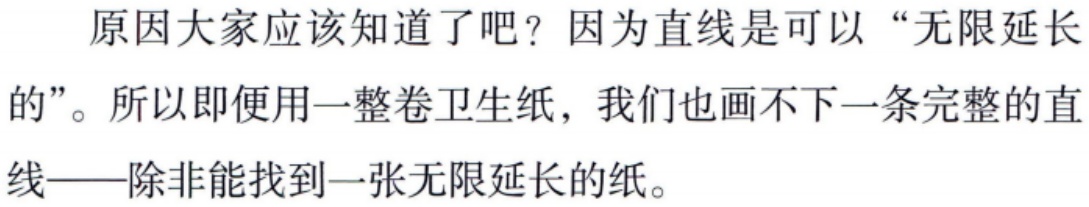
原因大家应该知道了吧？因为直线是可以“无限延长的”。所以即便用一整卷卫生纸，我们也画不下一条完整的直线——除非能找到一张无限延长的纸。